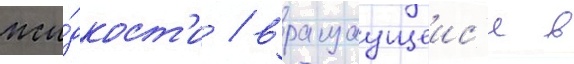
жи́дкост'и / вращаущеис'я в